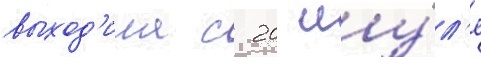
выход'ила с 20 иу́л'я